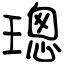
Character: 璁